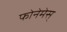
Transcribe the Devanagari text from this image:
फोनेमेस्